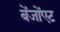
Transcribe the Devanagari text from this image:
बेंजोंएट